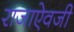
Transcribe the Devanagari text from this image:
राजाएेवजी